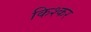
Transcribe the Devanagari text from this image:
किश्कर